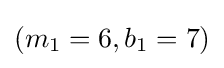
(m_{1}=6,b_{1}=7)